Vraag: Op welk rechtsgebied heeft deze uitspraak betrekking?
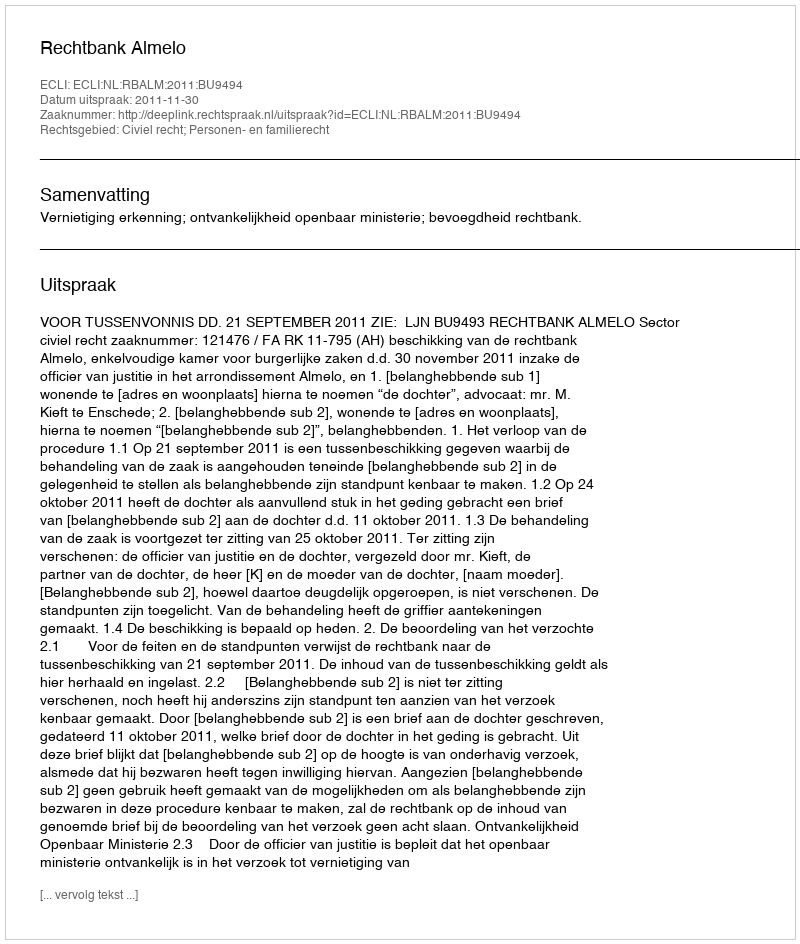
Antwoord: Civiel recht; Personen- en familierecht